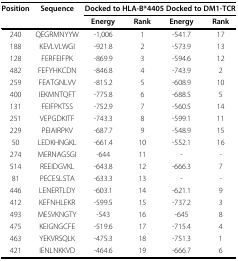
<table><thead><tr><td><b>Position</b></td><td><b>Sequence</b></td><td colspan="4"><b>Docked to HLA-B*4405 Docked to DM1-TCR</b></td></tr><tr><td></td><td></td><td><b>Energy</b></td><td><b>Rank</b></td><td><b>Energy</b></td><td><b>Rank</b></td></tr></thead><tbody><tr><td>240</td><td>QEGRMNYYW</td><td>-1,006</td><td>1</td><td>-541.7</td><td>17</td></tr><tr><td>188</td><td>KEVLVLWGI</td><td>-921.8</td><td>2</td><td>-573.9</td><td>13</td></tr><tr><td>128</td><td>FERFEIFPK</td><td>-869.9</td><td>3</td><td>-594.6</td><td>12</td></tr><tr><td>482</td><td>FEFYHKCDN</td><td>-846.8</td><td>4</td><td>-743.9</td><td>2</td></tr><tr><td>259</td><td>FEATGNLVV</td><td>-815.2</td><td>5</td><td>-608.9</td><td>10</td></tr><tr><td>400</td><td>IEKMNTQFT</td><td>-775.8</td><td>6</td><td>-688.5</td><td>5</td></tr><tr><td>131</td><td>FEIFPKTSS</td><td>-752.9</td><td>7</td><td>-560.5</td><td>14</td></tr><tr><td>251</td><td>VEPGDKITF</td><td>-743.3</td><td>8</td><td>-599.1</td><td>11</td></tr><tr><td>229</td><td>PEIAIRPKV</td><td>-687.7</td><td>9</td><td>-548.9</td><td>15</td></tr><tr><td>50</td><td>LEDKHNGKL</td><td>-661.4</td><td>10</td><td>-552.1</td><td>16</td></tr><tr><td>274</td><td>MERNAGSGI</td><td>-644</td><td>11</td><td>-</td><td>-</td></tr><tr><td>514</td><td>REEIDGVKL</td><td>-643.8</td><td>12</td><td>-666.3</td><td>7</td></tr><tr><td>81</td><td>PECESLSTA</td><td>-633.3</td><td>13</td><td>-</td><td>-</td></tr><tr><td>446</td><td>LENERTLDY</td><td>-603.1</td><td>14</td><td>-621.1</td><td>9</td></tr><tr><td>412</td><td>KEFNHLEKR</td><td>-599.5</td><td>15</td><td>-737.2</td><td>3</td></tr><tr><td>493</td><td>MESVKNGTY</td><td>-543</td><td>16</td><td>-645</td><td>8</td></tr><tr><td>475</td><td>KEIGNGCFE</td><td>-519.6</td><td>17</td><td>-715.4</td><td>4</td></tr><tr><td>463</td><td>YEKVRSQLK</td><td>-475.3</td><td>18</td><td>-751.3</td><td>1</td></tr><tr><td>421</td><td>IENLNKKVD</td><td>-464.6</td><td>19</td><td>-666.7</td><td>6</td></tr></tbody></table>